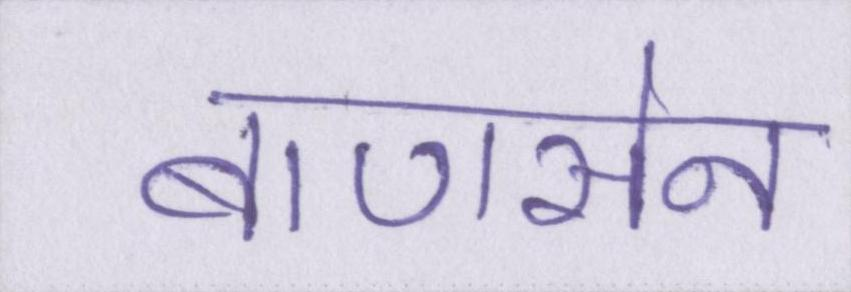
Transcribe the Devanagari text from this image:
बाणसेन